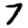
Digit: 7